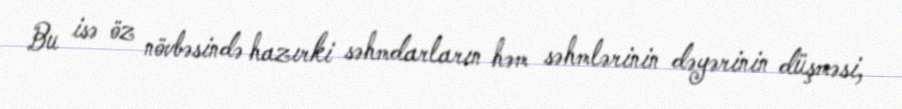
Bu isə öz növbəsində hazırki səhmdarların həm səhmlərinin dəyərinin düşməsi,